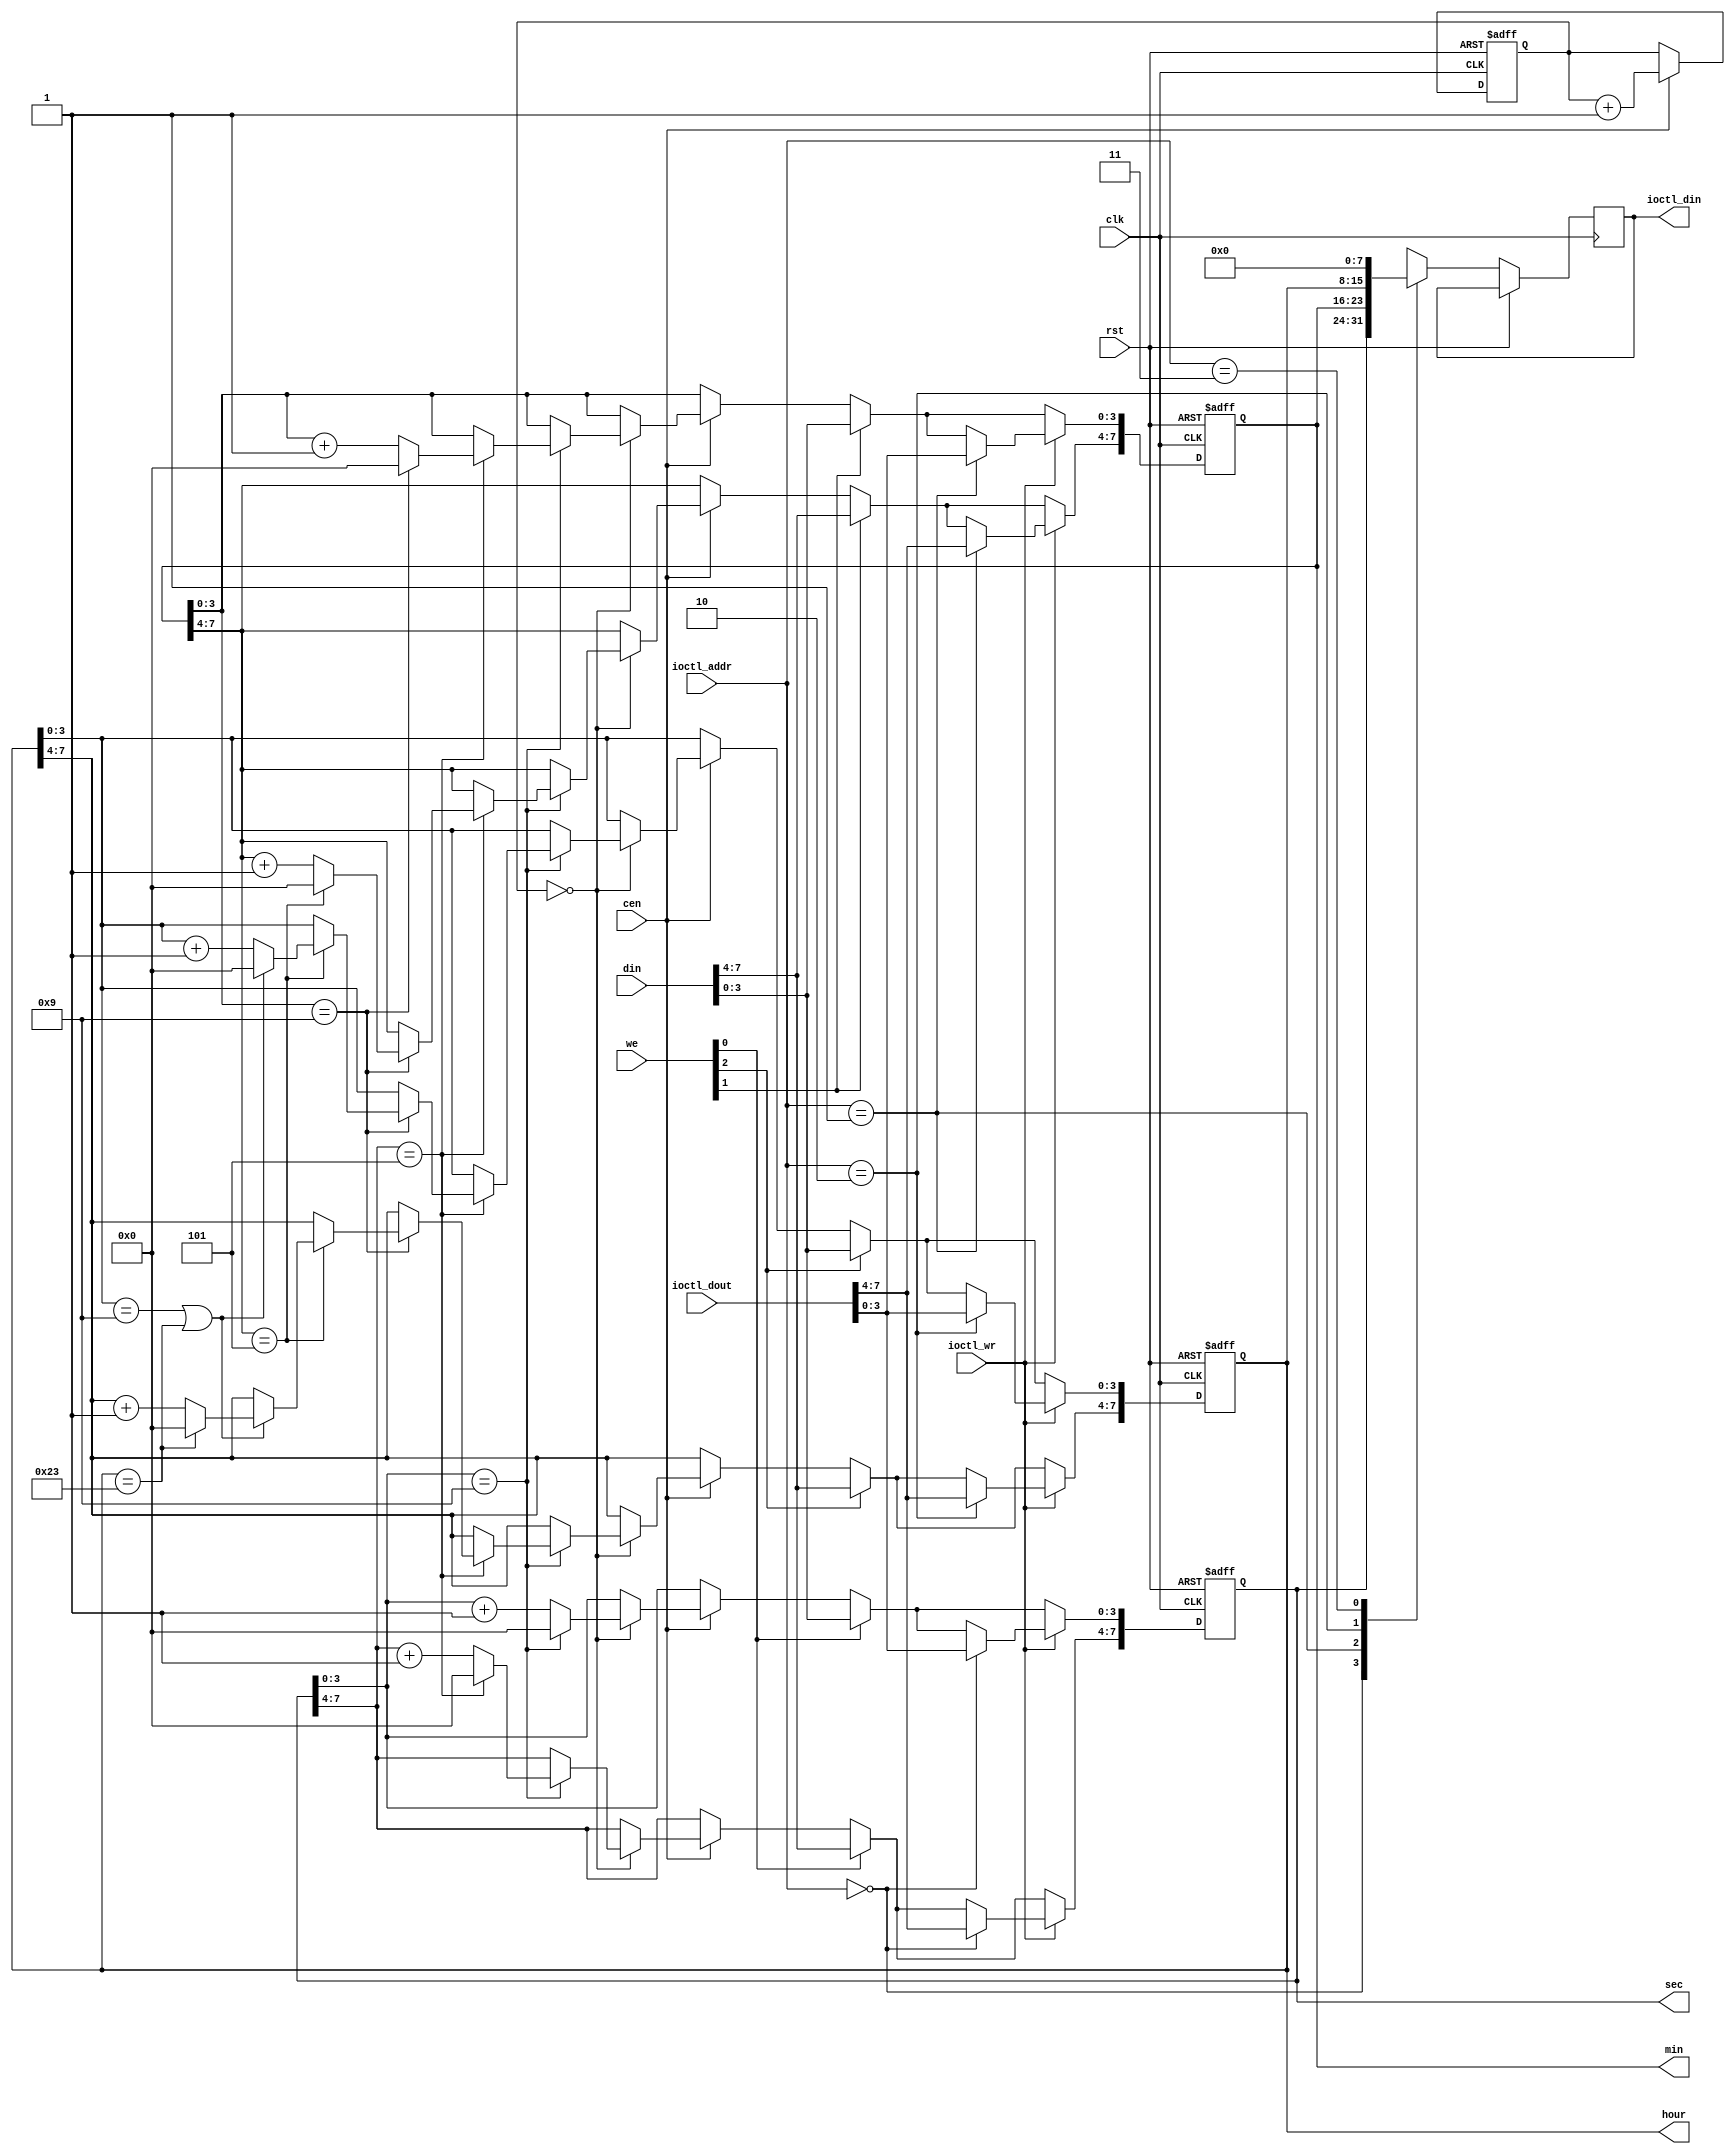
module jtframe_rtc(
    input            rst,
    input            clk,
    input            cen,   // 1024 Hz clock enable
    input      [7:0] din,
    input      [2:0] we,    // overwrite hour, min, sec
    output reg [7:0] sec, min, hour, // BCD
    // IOCTL dump
    input      [1:0] ioctl_addr,
    input      [7:0] ioctl_dout,
    output reg [7:0] ioctl_din,
    input            ioctl_wr
);

reg [9:0] cnt;

always @(posedge clk, posedge rst) begin
    if( rst ) begin
        { hour, min, sec } <= `ifndef JTFRAME_SIM_RTC 0 `else `JTFRAME_SIM_RTC `endif;
        cnt <= 0;
    end else begin
        if( cen ) begin
            cnt <= cnt+10'd1;
            if( cnt==0 ) begin
                sec[3:0] <= sec[3:0]+4'd1;
                if( sec[3:0]==9 ) begin // 9 seconds
                    sec[3:0] <= 0;
                    sec[7:4] <= sec[7:4]+4'd1;
                    if( sec[7:4]==5 ) begin // 59 seconds
                        sec[7:4] <= 0;
                        min[3:0] <= min[3:0]+4'd1;
                        if( min[3:0]==9 ) begin // 9 minutes
                            min[3:0] <= 0;
                            min[7:4] <= min[7:4]+4'd1;
                            if( min[7:4]==5 ) begin // 59 minutes
                                min[7:4] <= 0;
                                hour[3:0] <= hour[3:0]+4'd1;
                                if( hour[3:0]==9 || hour==8'h23 ) begin // 9 or 23 hours
                                    hour[3:0] <= 0;
                                    hour[7:4] <= hour==8'h23 ? 4'd0 : hour[7:4]+4'd1;
                                end
                            end
                        end
                    end
                end
            end
        end
        if( we[0] ) sec  <= din;
        if( we[1] ) min  <= din;
        if( we[2] ) hour <= din;
        if( ioctl_wr ) case(ioctl_addr)
            0: sec  <= ioctl_dout;
            1: min  <= ioctl_dout;
            2: hour <= ioctl_dout;
            default:;
        endcase
        case( ioctl_addr )
            0: ioctl_din <= sec;
            1: ioctl_din <= min;
            2: ioctl_din <= hour;
            3: ioctl_din <= 0;
        endcase
    end
end

endmodule